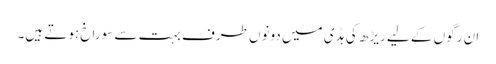
ان رگوں کے لیے ریڑھ کی ہڈی میں دونوں طرف بہت سے سوراخ ہوتے ہیں۔